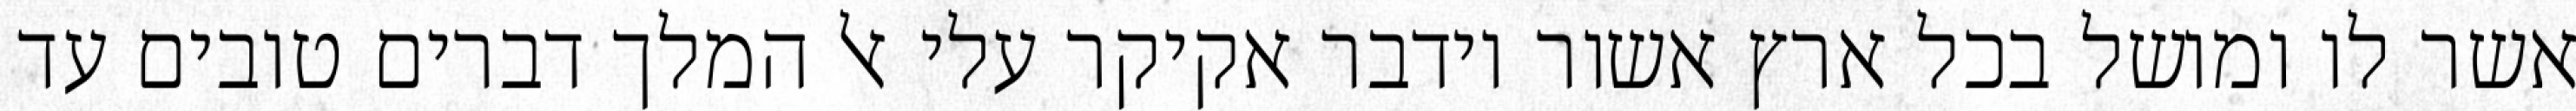
אשר לו ומושל בכל ארץ אשור וידבר אקיקר עלי אל המלך דברים טובים עד